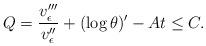
LaTeX: \begin{align*} Q = \frac{v_\epsilon'''}{v_\epsilon''} + (\log \theta)' - A t \leq C.\end{align*}